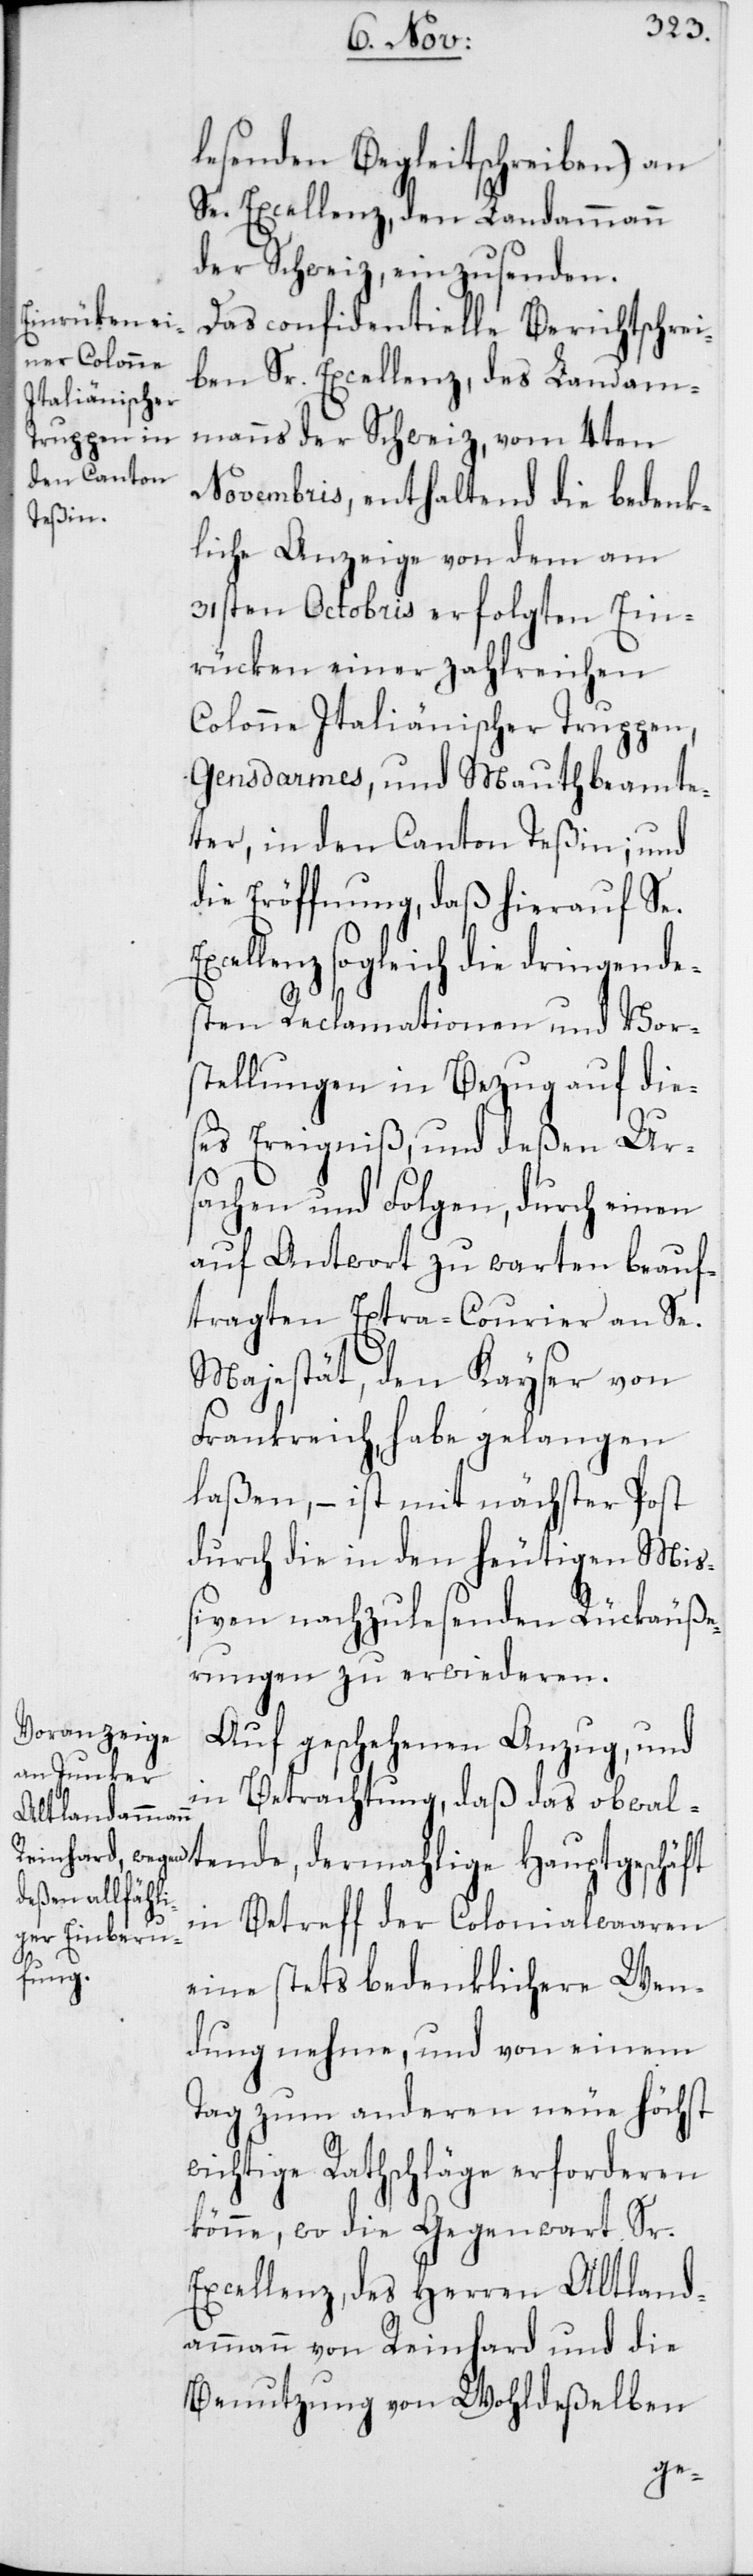
lesenden Begleitschreiben) an
Se. Excellenz, den Landammann
der Schweiz, einzusenden.
Das confidentielle Berichtschrei¬
ben Sr. Excellenz, des Landam¬
manns der Schweiz, vom 4ten
Novembris, enthaltend die bedenk¬
liche Anzeige von dem am
31sten Octobris erfolgten Ein¬
rücken einer zahlreichen
Colonne Italiänischer Truppen,
Gensdarmes, und Mauthbeamte¬
ter, in den Canton Teßin; und
die Eröffnung, daß hierauf Se.
xcellenz sogleich die dringende¬
sten Reclamationen und Vor¬
stellungen in Bezug auf die¬
ses Ereigniß, und deßen Ur¬
sachen und Folgen, durch einen
auf Antwort zu warten beauf¬
tragten Extra-Courier an Se.
Majestät, den Kayser von
Frankreich, habe gelangen
laßen, – ist mit nächster Post
durch die in den heutigen Miß¬
iven nachzulesenden Rückäuße¬
rungen zu erwiederen.
Auf geschehenen Anzug, und
in Betrachtung, daß das obwalt¬
ende, dermahlige Hauptgeschäft
in Betreff der Colonialwaaren
eine stets bedenklichere Wen¬
dung nehme, und von einem
Tag zum anderen neue höchst
wichtige Rathschläge erforderen
könne, wo die Gegenwart Sr.
Excellenz des Herren Altland¬
ammann von Reinhard und die
Benutzung von Wohldeßelben
E¬